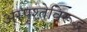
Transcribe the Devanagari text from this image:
अस्पृश्तेविरूद्ध